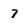
Character: 7